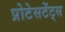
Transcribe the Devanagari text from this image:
प्रोटेसटेंट्स